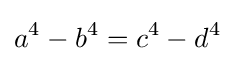
a^{4}-b^{4}=c^{4}-d^{4}